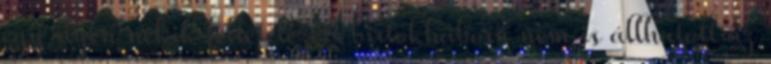
egy ilyen nekik feltételezett birtokháború nem is állhatott az